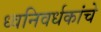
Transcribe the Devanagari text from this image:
ध्वनिवर्धकांचे